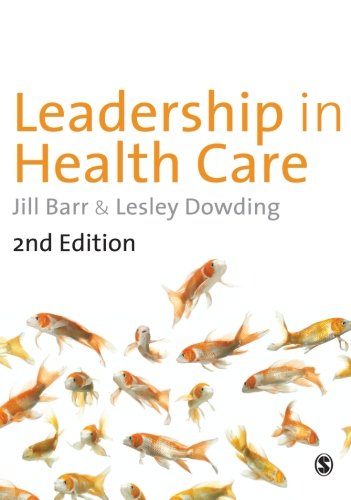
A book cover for Leadership in Health Care; Jill Barr; Medical Books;